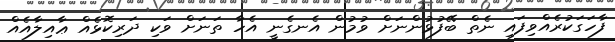
ފާހަގަކުރެއްވިފައި ނެތް ބޭފުޅުންނަށް ވުމުން އެނގެނީ އެހާ ތަނަށް ވަކި ދަރިކޮޅެއް ޢާއިލާއެއް